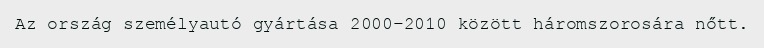
Az ország személyautó gyártása 2000–2010 között háromszorosára nőtt.